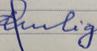
Signature authenticity: forged